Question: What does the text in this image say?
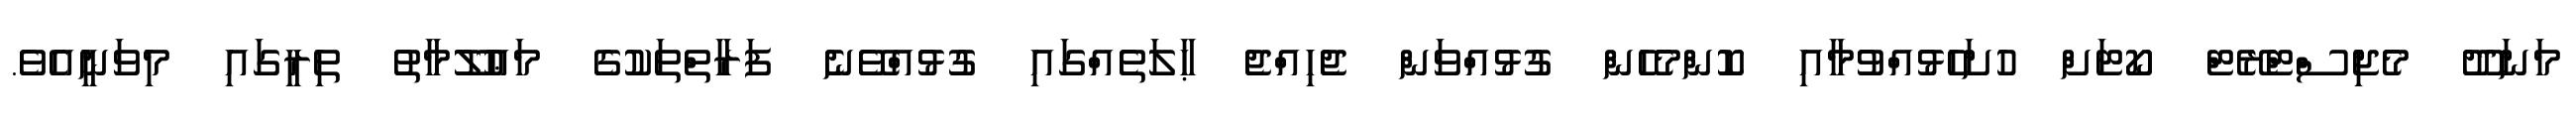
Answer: މަނަދޫ މެޖިސްޓްރޭޓް ކޯޓަށް ހުށަހެޅުއްވުމާއި ކޮންމެހެން ގުޅުއްވަން ޖެހިއްޖެ ޙާލަތެއްގައި ގުޅުއްވޭނެ ފަރާތްތަކުގެ މަޢުލޫމާތު ތިރީގައި މިވަނީއެވެ.